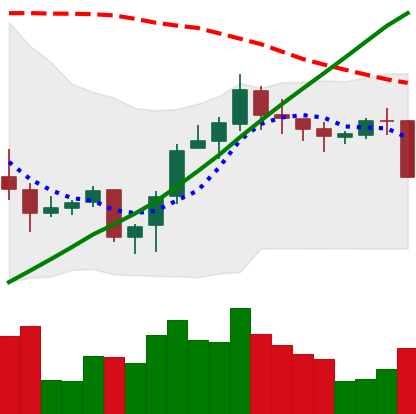
Ticker: LINK-USD
Chart end date: 2020-10-20
Forward return: 23.095%
Label: up_7plus